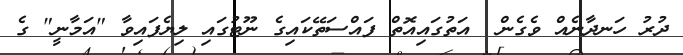
ދުރު ހަނދާނެއް ވެގެން  އަތުގައިއޮތް ފައްސަތޭކައިގެ ނޫޓުގައި ލިޔެފައިވާ "އަމާނީ" ގެ